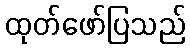
ထုတ်ဖော်ပြသည်